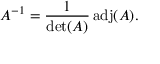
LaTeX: A ^ { - 1 } = { \frac { 1 } { \operatorname* { d e t } ( A ) } } \operatorname { a d j } ( A ) .